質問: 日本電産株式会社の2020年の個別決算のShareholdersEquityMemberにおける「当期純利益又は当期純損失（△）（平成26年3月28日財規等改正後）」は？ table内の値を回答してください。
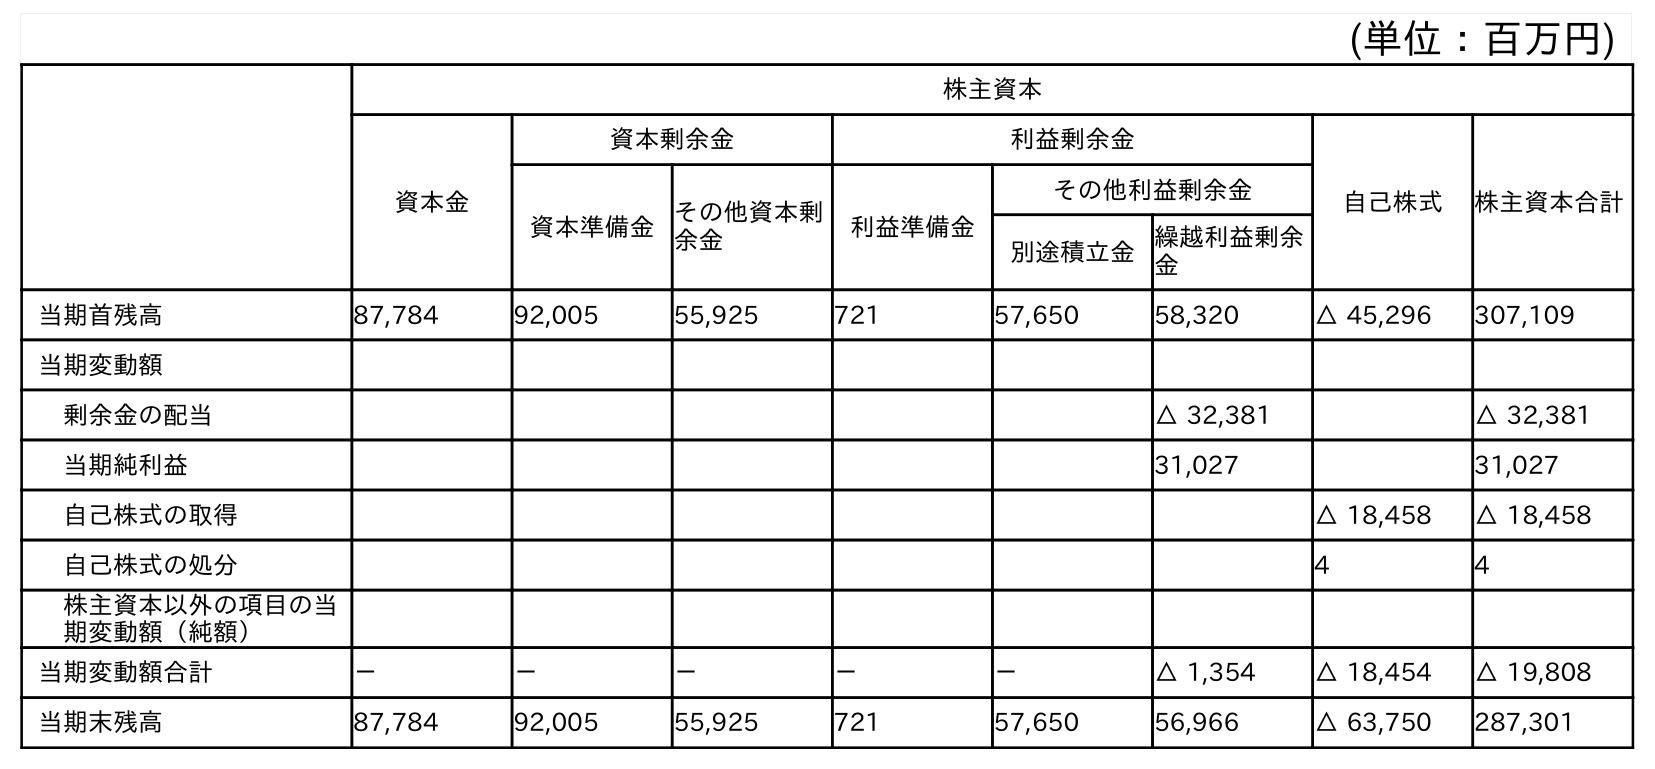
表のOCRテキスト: (単位：百万円) 株主資本 資本金 資本剰余金 利益剰余金 自己株式 株主資本合計 資本準備金その他資本剰 余金 利益準備金 その他利益剰余金 別途積立金繰越利益剰余 金 当期首残高 87,784 92,005 55,925 721 57,650 58,320 △ 45,296 307,109 当期変動額 剰余金の配当 △ 32,381 △ 32,381 当期純利益 31,027 31,027 自己株式の取得 △ 18,458 △ 18,458 自己株式の処分 4 4 株主資本以外の項目の当 期変動額（純額） 当期変動額合計 － － － － － △ 1,354 △ 18,454 △ 19,808 当期末残高 87,784 92,005 55,925 721 57,650 56,966 △ 63,750 287,301
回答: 31,027